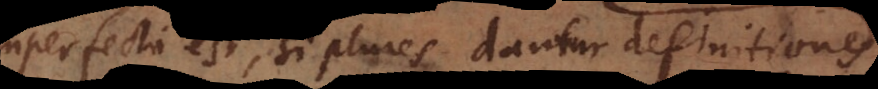
imperfecti est, si plures dantur definitiones